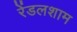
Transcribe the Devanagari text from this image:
रेंडलशाम